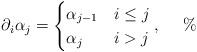
LaTeX: \begin{align*}\partial_i\alpha_j=\begin{cases}\alpha_{j-1}& i\le j\\ \alpha_j& i>j\end{cases},\ \ \ \ \%\end{align*}